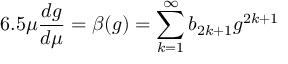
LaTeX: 6 . 5 \mu \frac { d g } { d \mu } = \beta ( g ) = \sum _ { k = 1 } ^ { \infty } b _ { 2 k + 1 } g ^ { 2 k + 1 }